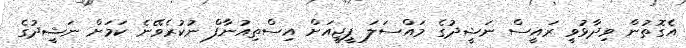
އެގޮތުން ވިދާޅުވީ ރައީސް ނަޝީދުގެ މައްސަލަ ޕީޖީއަށް އިސްތިއުނާފް ނުކުރެވޭނެ ކަމަށް ނަޝީދުގެ